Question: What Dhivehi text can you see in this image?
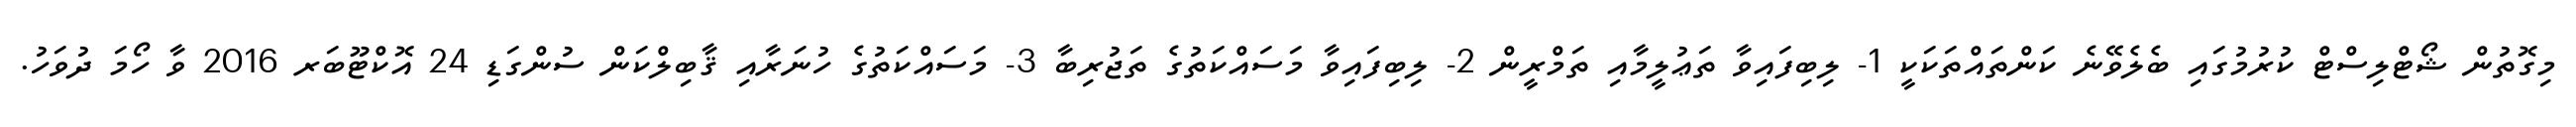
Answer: މިގޮތުން ޝޯޓްލިސްޓް ކުރުމުގައި ބެލެވޭނެ ކަންތައްތަކަކީ 1- ލިބިފައިވާ ތަޢުލީމާއި ތަމްރީން 2- ލިބިފައިވާ މަސައްކަތުގެ ތަޖުރިބާ 3- މަސައްކަތުގެ ހުނަރާއި ޤާބިލްކަން ސުންގަޑި 24 އޮކްޓޫބަރ 2016 ވާ ހޯމަ ދުވަހު.